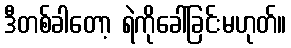
ဒီတစ်ခါတော့ ရဲကိုခေါ်ခြင်းမဟုတ်။